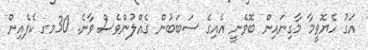
އަގު ހެޔޮވީމާ މާގިނައިން ބޮވެނީ އެއިގެ ސަބަބުން ގެއްލުންވެސް ވާނެ. 30މގ ކެފެއިން